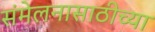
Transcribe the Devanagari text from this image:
संमेलनासाठीच्या